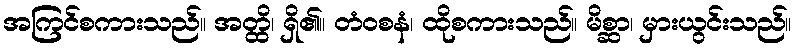
အကြင်စကားသည်။ အတ္ထိ၊ ရှိ၏။ တံဝစနံ၊ ထိုစကားသည်။ မိစ္ဆာ၊ မှားယွင်းသည်။